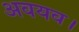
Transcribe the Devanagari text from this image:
अवयव।